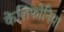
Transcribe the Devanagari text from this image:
केलिफोनिया